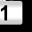
Digit: 1